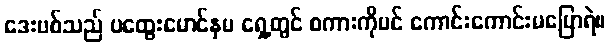
ဒေးဗစ်သည် ပထွေးမောင်နှမ ရှေ့တွင် စကားကိုပင် ကောင်းကောင်းမပြောရဲ။